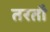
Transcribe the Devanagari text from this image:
तरतौ